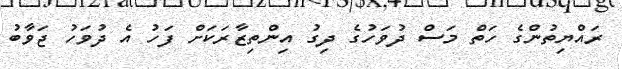
ރައްޔިތުންގެ ހަތް މަސް ދުވަހުގެ ދިގު އިންތިޒާރަކަށް ފަހު އެ ދުވަހު ޖަވާބު